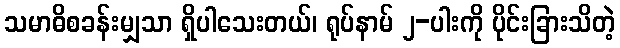
သမာဓိစခန်းမျှသာ ရှိပါသေးတယ်၊ ရုပ်နာမ် ၂-ပါးကို ပိုင်းခြားသိတဲ့